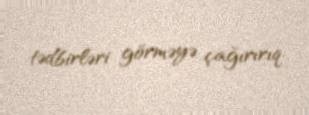
tədbirləri görməyə çağırırıq.